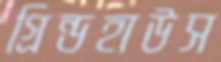
গ্রিন্ডহাউস